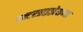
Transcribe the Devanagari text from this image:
एन्टरप्राइझेसच्या